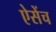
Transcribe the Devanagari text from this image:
ऐसेंच